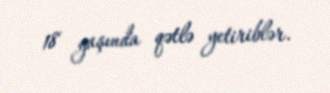
18 yaşında qətlə yetiriblər.